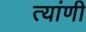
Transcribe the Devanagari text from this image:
त्यांणी